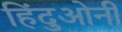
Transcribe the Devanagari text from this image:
हिंदुओनी